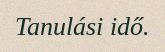
Tanulási idő.